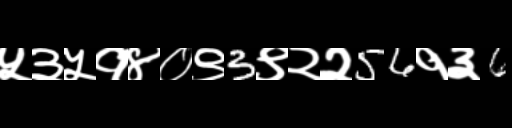
Text: ५३५१४०९3९२२56१३6